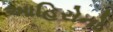
આહિરોનો